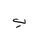
Letter: _ba